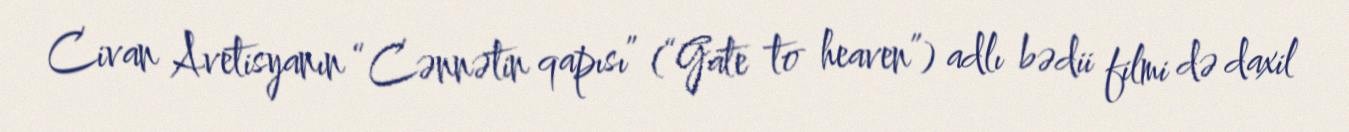
Civan Avetisyanın “Cənnətin qapısı” (“Gate to heaven”) adlı bədii filmi də daxil